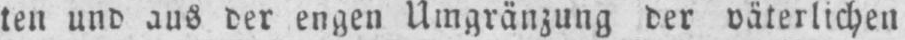
ten und aus der engen Umgränzung der väterlichen